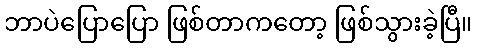
ဘာပဲပြောပြော ဖြစ်တာကတော့ ဖြစ်သွားခဲ့ပြီ။